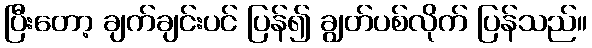
ပြီးတော့ ချက်ချင်းပင် ပြန်၍ ချွတ်ပစ်လိုက် ပြန်သည်။